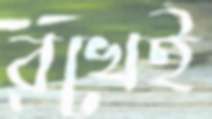
বখেই